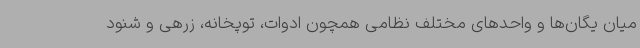
میان یگان‌ها و واحدهای مختلف نظامی همچون ادوات، توپخانه، زرهی و شنود